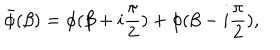
\bar { \phi } ( \beta ) = \phi ( \beta + i { \frac { \pi } { 2 } } ) + \phi ( \beta - i { \frac { \pi } { 2 } } ) ,